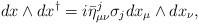
LaTeX: \begin{align*}dx \wedge dx^{\dagger}=i\bar{\eta}^j_{\mu\nu}\sigma_jdx_\mu \wedge dx_\nu,\end{align*}